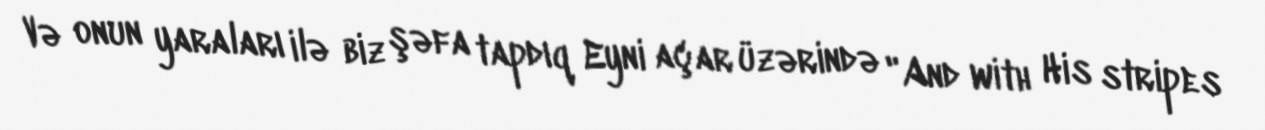
Və onun yaraları ilə biz şəfa tapdıq Eyni açar üzərində "And with His stripes